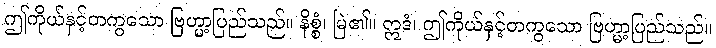
ဤကိုယ်နှင့်တကွသော ဗြဟ္မာ့ပြည်သည်။ နိစ္စံ၊ မြဲ၏။ ဣဒံ၊ ဤကိုယ်နှင့်တကွသော ဗြဟ္မာ့ပြည်သည်။